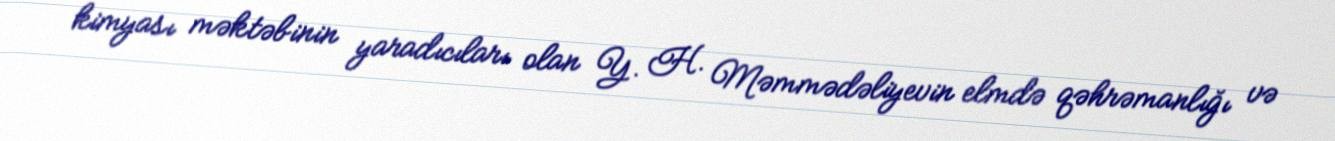
kimyası məktəbinin yaradıcıları olan Y. H. Məmmədəliyevin elmdə qəhrəmanlığı və